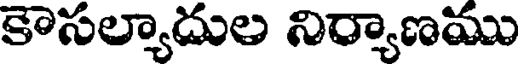
కౌసల్యాదుల నిర్యాణము